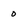
Character: 0